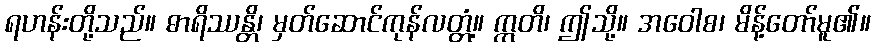
ရဟန်းတို့သည်။ ဓာရိဿန္တိ၊ မှတ်ဆောင်ကုန်လတ္တံ့။ ဣတိ၊ ဤသို့။ အဝေါစ၊ မိန့်တော်မူ၏။